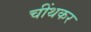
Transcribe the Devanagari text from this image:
चींथकर